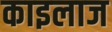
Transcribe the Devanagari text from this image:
काइलाज